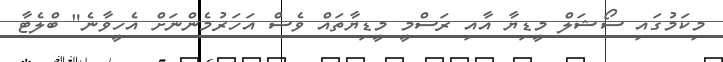
މިކަމުގައި ސޯޝަލް މީޑިޔާ އާއި ރަސްމީ މީޑިޔާތައް ވެސް އަހަރުމެންނަށް އެހީވާނެ" ބްލެޓާ